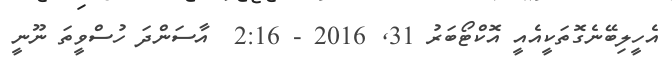
އެހީލިބޭނެގޮތަކީއެއީ އޮކްޓޯބަރު 31